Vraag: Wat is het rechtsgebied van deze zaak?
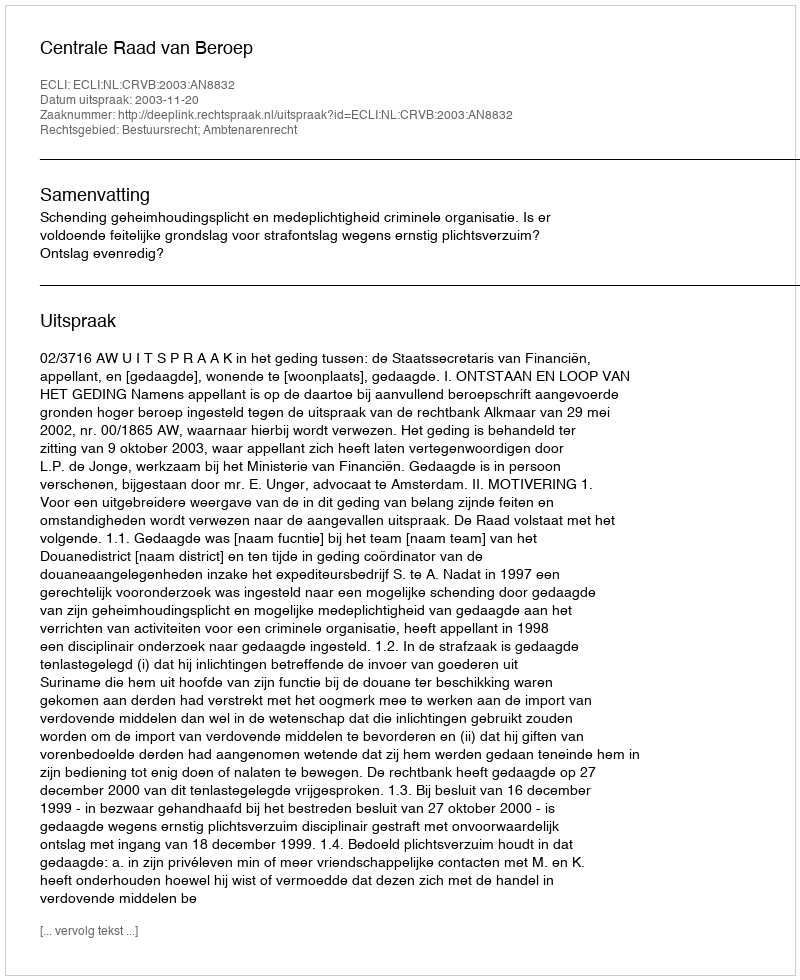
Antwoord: Bestuursrecht; Ambtenarenrecht